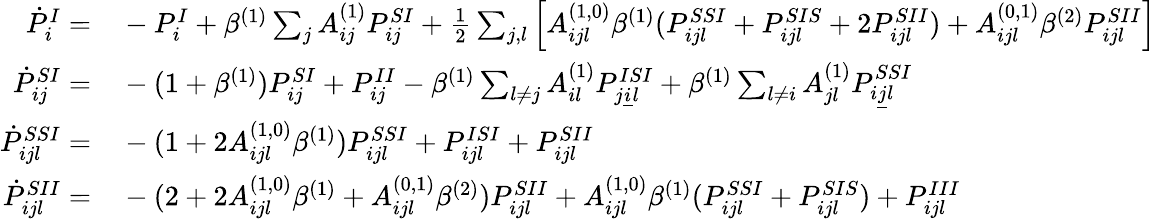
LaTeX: \begin{array}{rl}{\dot{P}_{i}^{I}=}&{{}-P_{i}^{I}+\beta^{(1)}\sum_{j}A_{ij}^{(1)}P_{ij}^{SI}+\frac 12\sum_{j,l}\left[A_{ijl}^{(1,0)}\beta^{(1)}(P_{ijl}^{SSI}+P_{ijl}^{SIS}+2P_{ijl}^{SII})+A_{ijl}^{(0,1)}\beta^{(2)}P_{ijl}^{SII}\right]}\\ {\dot{P}_{ij}^{SI}=}&{{}-(1+\beta^{(1)})P_{ij}^{SI}+P_{ij}^{II}-\beta^{(1)}\sum_{l\neq j}A_{il}^{(1)}P_{j\underline{{i}}l}^{ISI}+\beta^{(1)}\sum_{l\neq i}A_{jl}^{(1)}P_{i\underline{{j}}l}^{SSI}}\\ {\dot{P}_{ijl}^{SSI}=}&{{}-(1+2A_{ijl}^{(1,0)}\beta^{(1)})P_{ijl}^{SSI}+P_{ijl}^{ISI}+P_{ijl}^{SII}}\\ {\dot{P}_{ijl}^{SII}=}&{{}-(2+2A_{ijl}^{(1,0)}\beta^{(1)}+A_{ijl}^{(0,1)}\beta^{(2)})P_{ijl}^{SII}+A_{ijl}^{(1,0)}\beta^{(1)}(P_{ijl}^{SSI}+P_{ijl}^{SIS})+P_{ijl}^{III}}\end{array}